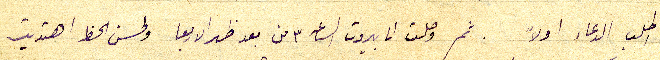
اطلب الدعاء اولاً . ثم وصلت الى بيروت الساعه ٣ من بعد ظهر الاربعا ولحسن الحظ اهتديت